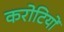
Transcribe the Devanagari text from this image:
करोटियों